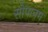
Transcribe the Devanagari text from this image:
सोपानम